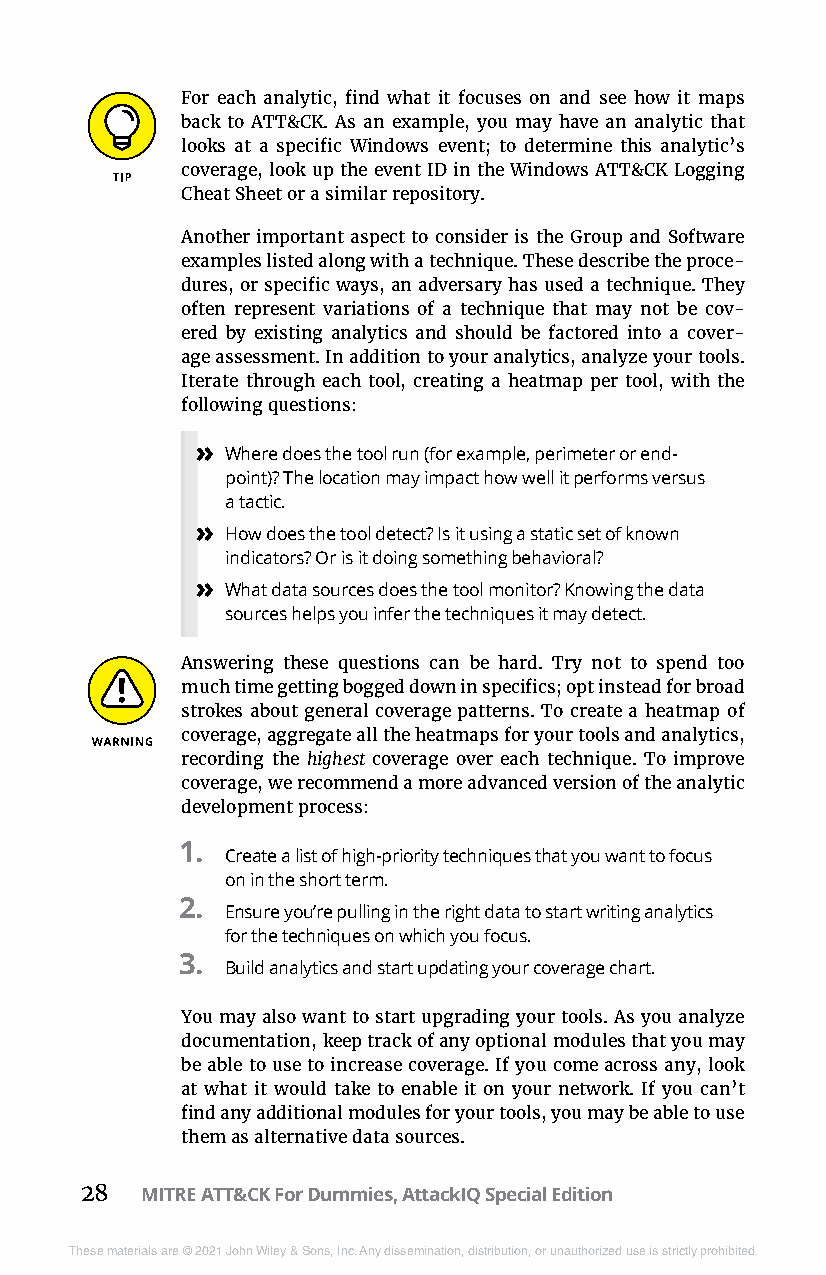
For each analytic, find what it focuses on and see how it maps
 back to ATT&CK. As an example, you may have an analytic that
 looks at a specific Windows event; to determine this analytic’s
 coverage, look up the event ID in the Windows ATT&CK Logging
 Cheat Sheet or a similar repository.
 Another important aspect to consider is the Group and Software
 examples listed along with a technique. These describe the proce-
 dures, or specific ways, an adversary has used a technique. They
 often represent variations of a technique that may not be cov-
 ered by existing analytics and should be factored into a cover-
 age assessment. In addition to your analytics, analyze your tools.
 Iterate through each tool, creating a heatmap per tool, with the
 following questions:
 » Where does the tool run (for example, perimeter or end-
 point)? The location may impact how well it performs versus
 a tactic.
 » How does the tool detect? Is it using a static set of known
 indicators? Or is it doing something behavioral?
 » What data sources does the tool monitor? Knowing the data
 sources helps you infer the techniques it may detect.
 Answering these questions can be hard. Try not to spend too
 much time getting bogged down in specifics; opt instead for broad
 strokes about general coverage patterns. To create a heatmap of
 coverage, aggregate all the heatmaps for your tools and analytics,
 recording the highest coverage over each technique. To improve
 coverage, we recommend a more advanced version of the analytic
 development process:
 1.
 Create a list of high-priority techniques that you want to focus
 on in the short term.
 2.
 Ensure you’re pulling in the right data to start writing analytics
 for the techniques on which you focus.
 3.
 Build analytics and start updating your coverage chart.
 You may also want to start upgrading your tools. As you analyze
 documentation, keep track of any optional modules that you may
 be able to use to increase coverage. If you come across any, look
 at what it would take to enable it on your network. If you can’t
 find any additional modules for your tools, you may be able to use
 them as alternative data sources.
 28  MITRE ATT&CK For Dummies, AttackIQ Special Edition
 These materials are © 2021 John Wiley & Sons, Inc. Any dissemination, distribution, or unauthorized use is strictly prohibited.